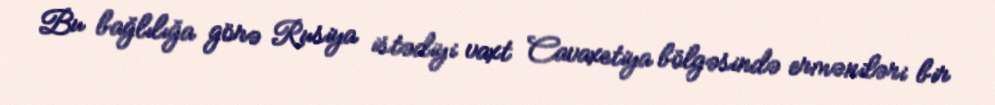
Bu bağlılığa görə Rusiya istədiyi vaxt Cavaxetiya bölgəsində erməniləri bir